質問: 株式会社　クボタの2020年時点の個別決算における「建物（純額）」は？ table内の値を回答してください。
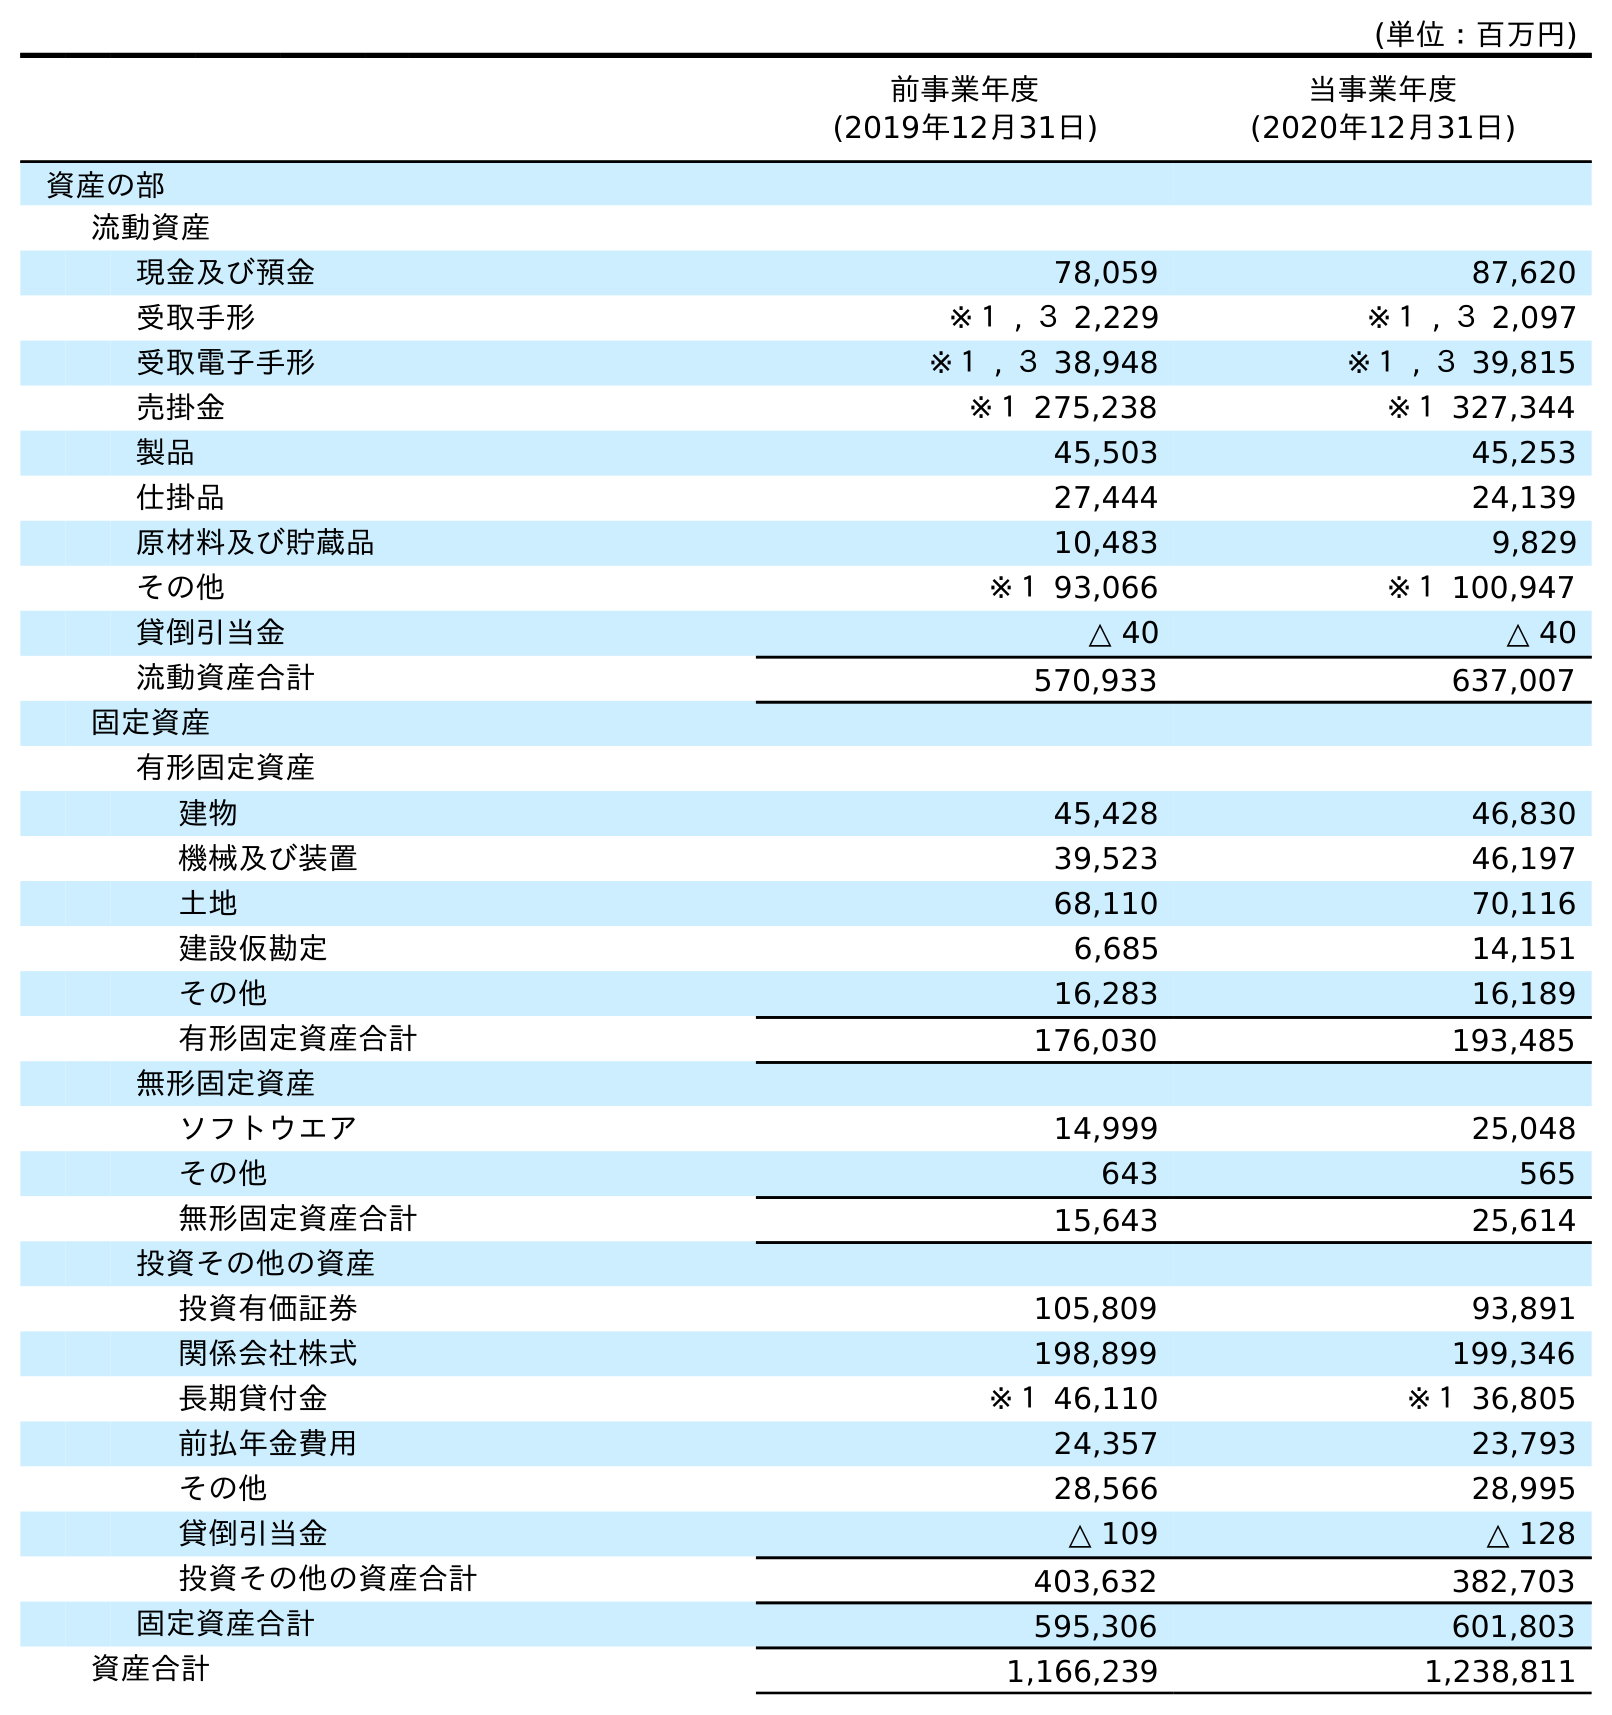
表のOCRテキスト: (単位：百万円) 前事業年度 (2019年12月31日) 当事業年度 (2020年12月31日) 資産の部 流動資産 現金及び預金 78,059 87,620 受取手形 ※１ , ３ 2,229 ※１ , ３ 2,097 受取電子手形 ※１ , ３ 38,948 ※１ , ３ 39,815 売掛金 ※１ 275,238 ※１ 327,344 製品 45,503 45,253 仕掛品 27,444 24,139 原材料及び貯蔵品 10,483 9,829 その他 ※１ 93,066 ※１ 100,947 貸倒引当金 △ 40 △ 40 流動資産合計 570,933 637,007 固定資産 有形固定資産 建物 45,428 46,830 機械及び装置 39,523 46,197 土地 68,110 70,116 建設仮勘定 6,685 14,151 その他 16,283 16,189 有形固定資産合計 176,030 193,485 無形固定資産 ソフトウエア 14,999 25,048 その他 643 565 無形固定資産合計 15,643 25,614 投資その他の資産 投資有価証券 105,809 93,891 関係会社株式 198,899 199,346 長期貸付金 ※１ 46,110 ※１ 36,805 前払年金費用 24,357 23,793 その他 28,566 28,995 貸倒引当金 △ 109 △ 128 投資その他の資産合計 403,632 382,703 固定資産合計 595,306 601,803 資産合計 1,166,239 1,238,811
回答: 46,830